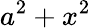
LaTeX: a^{2}+x^{2}